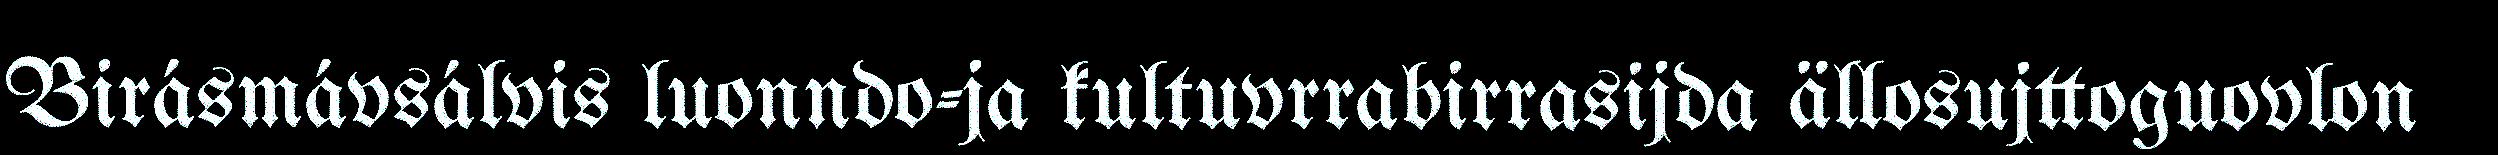
Birásmávsálvis luonndo-ja kultuvrrabirrasijda ällosujttoguovlon